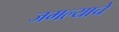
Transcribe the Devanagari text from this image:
जमल्याचे